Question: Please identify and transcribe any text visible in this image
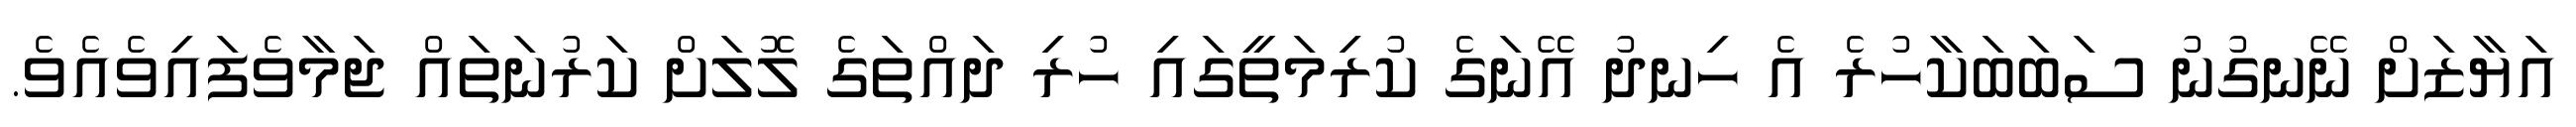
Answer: އަޔާޒަށް ނޭނގުނު ސަބަބަކާހުރެ އެ ހިނދު އޭނަގެ ކުރިމަތީގައި ހުރި ދައްތަގެ ލޮލަށް ކަރުނަތައް ޖަމާވެފައިވެއެވެ.